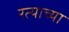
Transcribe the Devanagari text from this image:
रत्याच्या